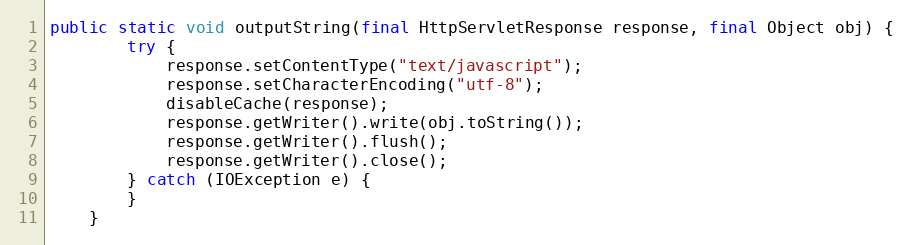
Language: Java
public static void outputString(final HttpServletResponse response, final Object obj) {
        try {
            response.setContentType("text/javascript");
            response.setCharacterEncoding("utf-8");
            disableCache(response);
            response.getWriter().write(obj.toString());
            response.getWriter().flush();
            response.getWriter().close();
        } catch (IOException e) {
        }
    }